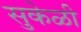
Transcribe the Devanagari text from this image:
सुकेळी